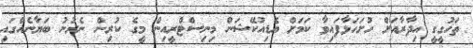
ތަހުގީގީ އިދާރާއަށް ހުށަހަޅާފައިވާ ކަމަށް އެޑިއުކޭޝަން މިނިސްޓްރީއިން މީގެ ކުރިން ނެރުނު ބަޔާނެއްގައި